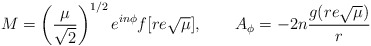
\begin{align*}M=\left( \frac{\mu}{\sqrt{2}} \right) ^{1/2} e^{i n \phi} f[re \sqrt{\mu}], \qquad A_{\phi}=-2 n \frac{g(r e \sqrt{\mu} )}{r}\end{align*}